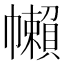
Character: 𢅭